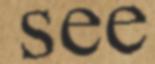
see